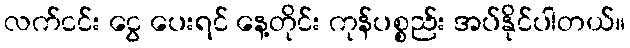
လက်ငင်း ငွေ ပေးရင် နေ့တိုင်း ကုန်ပစ္စည်း အပ်နိုင်ပါတယ်။